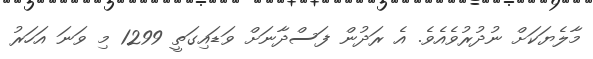
މާލެޔަކަށް ނުދުރުވެއެވެ. އެ ރަދުން ފަސްދާނަށް ވަޑައިގަތީ 1299 މި ވަނަ އަހަރު